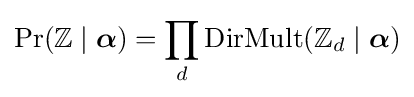
\Pr(\mathbb {Z} \mid {\boldsymbol {\alpha }})=\prod _{d}\operatorname {DirMult} (\mathbb {Z} _{d}\mid {\boldsymbol {\alpha }})